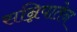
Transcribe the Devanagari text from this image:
सन्निपातेन